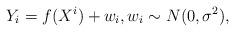
LaTeX: \begin{align*}Y_i = f(X^i) + w_i,w_i\sim N(0,\sigma^2),\end{align*}